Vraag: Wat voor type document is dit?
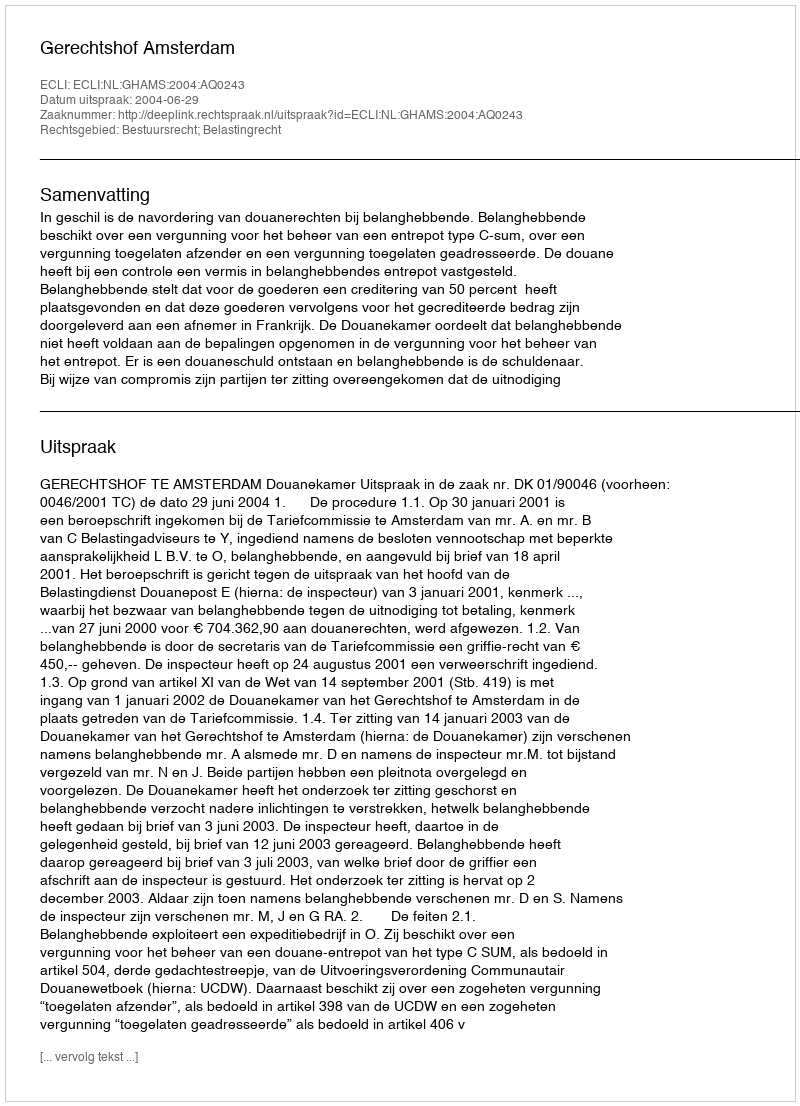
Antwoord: Uitspraak